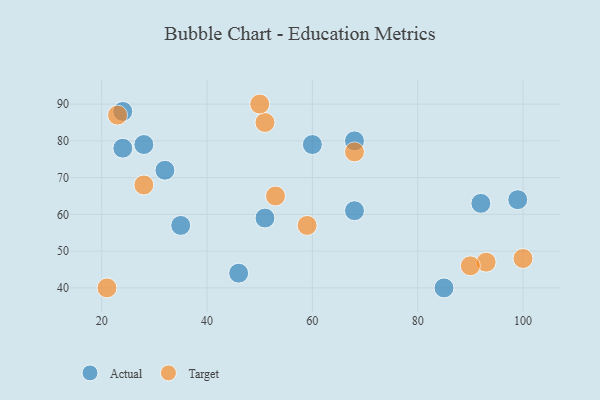
{"axis": {"x": "GDP", "y": "Life Expectancy"}, "legend": ["Actual", "Target"], "data": [{"x": "99", "y": 64, "type": "Actual"}, {"x": "24", "y": 88, "type": "Actual"}, {"x": "35", "y": 57, "type": "Actual"}, {"x": "51", "y": 59, "type": "Actual"}, {"x": "28", "y": 79, "type": "Actual"}, {"x": "32", "y": 72, "type": "Actual"}, {"x": "92", "y": 63, "type": "Actual"}, {"x": "24", "y": 78, "type": "Actual"}, {"x": "68", "y": 80, "type": "Actual"}, {"x": "68", "y": 61, "type": "Actual"}, {"x": "85", "y": 40, "type": "Actual"}, {"x": "60", "y": 79, "type": "Actual"}, {"x": "46", "y": 44, "type": "Actual"}, {"x": "51", "y": 85, "type": "Target"}, {"x": "23", "y": 87, "type": "Target"}, {"x": "21", "y": 40, "type": "Target"}, {"x": "50", "y": 90, "type": "Target"}, {"x": "53", "y": 65, "type": "Target"}, {"x": "93", "y": 47, "type": "Target"}, {"x": "68", "y": 77, "type": "Target"}, {"x": "59", "y": 57, "type": "Target"}, {"x": "100", "y": 48, "type": "Target"}, {"x": "28", "y": 68, "type": "Target"}, {"x": "90", "y": 46, "type": "Target"}]}